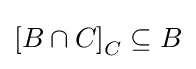
\left[B\cap C\right]_{C}\subseteq B